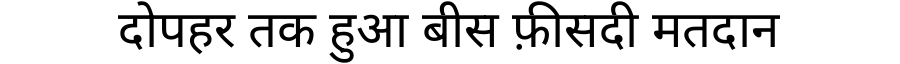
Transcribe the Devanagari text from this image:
दोपहर तक हुआ बीस फ़ीसदी मतदान